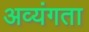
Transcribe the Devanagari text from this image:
अव्यंगता